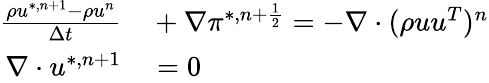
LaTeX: \begin{array}{rl}{\frac{\rho u^{*,n+1}-\rho u^{n}}{\Delta t}}&{{}+\nabla\pi^{*,n+\frac{1}{2}}=-\nabla\cdot(\rho uu^{T})^{n}}\\ {\nabla\cdot u^{*,n+1}}&{{}=0}\end{array}